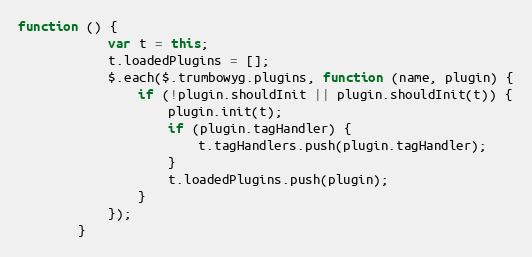
Language: JavaScript
function () {
            var t = this;
            t.loadedPlugins = [];
            $.each($.trumbowyg.plugins, function (name, plugin) {
                if (!plugin.shouldInit || plugin.shouldInit(t)) {
                    plugin.init(t);
                    if (plugin.tagHandler) {
                        t.tagHandlers.push(plugin.tagHandler);
                    }
                    t.loadedPlugins.push(plugin);
                }
            });
        }